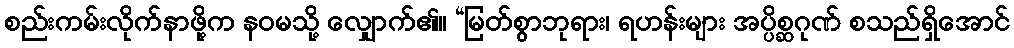
စည်းကမ်းလိုက်နာဖို့က နဝမသို့ လျှောက်၏။ “မြတ်စွာဘုရား၊ ရဟန်းများ အပ္ပိစ္ဆဂုဏ် စသည်ရှိအောင်